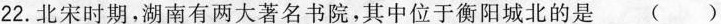
22.北宋时期，湖南有两大著名书院，其中位于衡阳城北的是 ( )